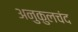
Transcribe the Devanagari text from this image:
अनुकुलचंद